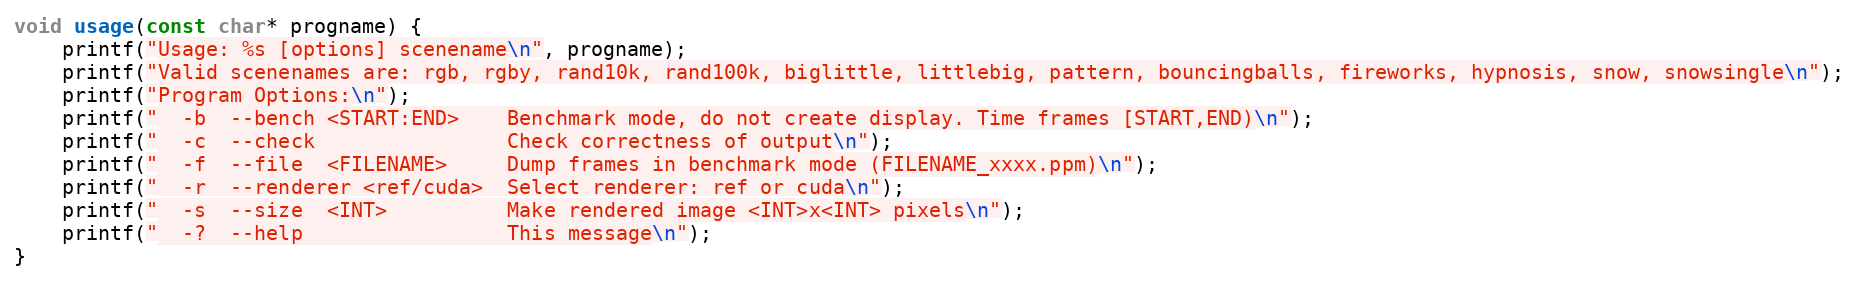
Language: C++
void usage(const char* progname) {
    printf("Usage: %s [options] scenename\n", progname);
    printf("Valid scenenames are: rgb, rgby, rand10k, rand100k, biglittle, littlebig, pattern, bouncingballs, fireworks, hypnosis, snow, snowsingle\n");
    printf("Program Options:\n");
    printf("  -b  --bench <START:END>    Benchmark mode, do not create display. Time frames [START,END)\n");
    printf("  -c  --check                Check correctness of output\n");
    printf("  -f  --file  <FILENAME>     Dump frames in benchmark mode (FILENAME_xxxx.ppm)\n");
    printf("  -r  --renderer <ref/cuda>  Select renderer: ref or cuda\n");
    printf("  -s  --size  <INT>          Make rendered image <INT>x<INT> pixels\n");
    printf("  -?  --help                 This message\n");
}